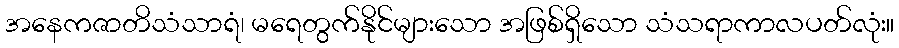
အနေကဇာတိသံသာရံ၊ မရေတွက်နိုင်များသော အဖြစ်ရှိသော သံသရာကာလပတ်လုံး။